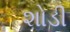
શોડી